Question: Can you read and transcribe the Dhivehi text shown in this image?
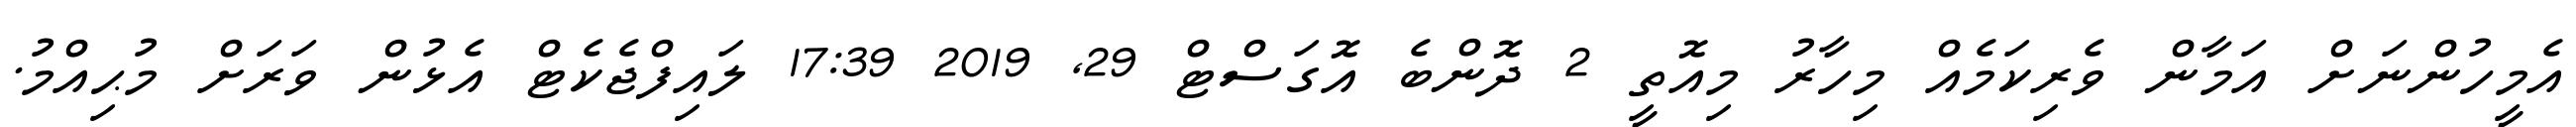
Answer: އެމީހުންނަށް އަމާން ވެރިކަމެއް މިހާރު މިއޮތީ 2 ދޮންބެ އޮގަސްޓް 29, 2019 17:39 ލައިފްޖެކެޓް އެޅުން ވަރަށް މުޙިއްމު.